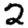
Digit: 2